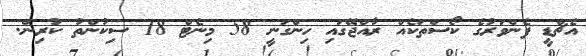
އެޗްޑީ ފެންވަރުގެ ކޯސްތަކެއް ރާއްޖޭގައި ހިންގަނީ 58 މިނެޓް 18 ސިކުންތު ކުރިން.